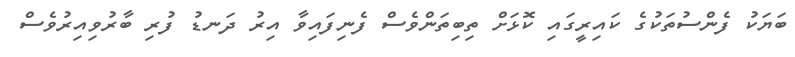
ބަޔަކު ފެންސުތަކުގެ ކައިރީގައި ކޮޅަށް ތިބިތަންވެސް ފެނިފައިވާ އިރު ދަނޑު ފުރި ބާރުވިއިރުވެސް